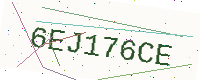
Text: 6EJ176CE